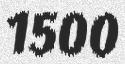
1500